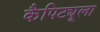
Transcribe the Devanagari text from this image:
कैपिट्यूला